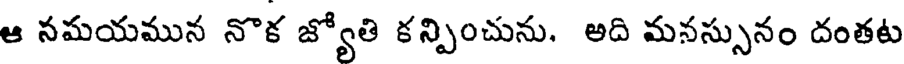
ఆ నమయమున నొక జ్యోతి కన్పించును. అది మనస్సునం దంతట